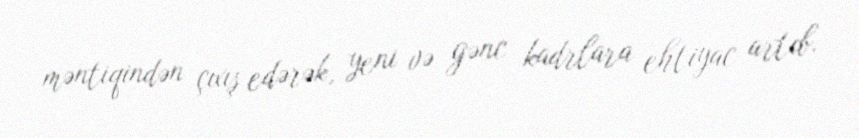
məntiqindən çıxış edərək, yeni və gənc kadrlara ehtiyac artıb.